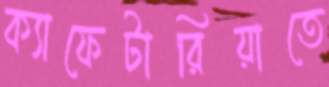
ক্যাফেটারিয়াতে